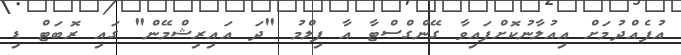
އުފެއްދުމަށް އިއުލާނުކޮށްފައިވާ ގޭންގްސްޓާ އާ ފިލްމު "ދަ އައިރިޝްމޭން" ގައި ރޮބަޓް ޑި